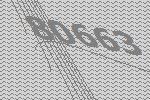
80663